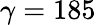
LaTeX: \gamma=185